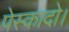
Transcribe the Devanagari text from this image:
पेस्कादो।